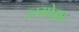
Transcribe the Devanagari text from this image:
ज्य्गोमा